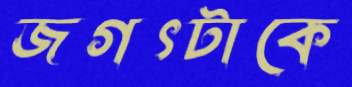
জগৎটাকে